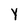
Character: y